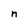
Character: n